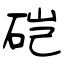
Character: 硙